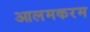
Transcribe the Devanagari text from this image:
आलमकरम